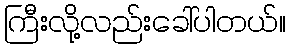
ကြီးလို့လည်းခေါ်ပါတယ်။